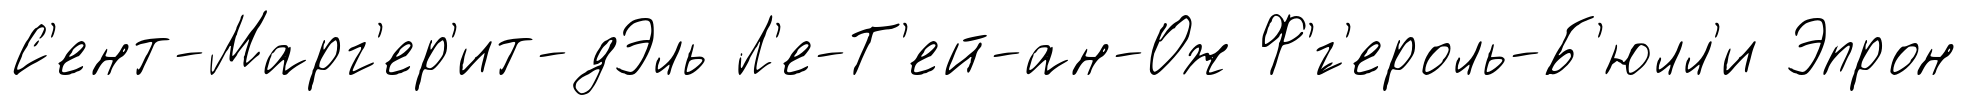
С'ент-Марг'ер'ит-дЭль Л'е-Т'ей-ан-Ож Ф'́г'ероль-Б'юлл'и Эпрон